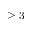
\geq 3